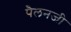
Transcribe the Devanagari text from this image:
पैलनजी